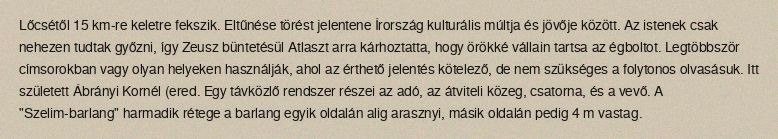
Lőcsétől 15 km-re keletre fekszik. Eltűnése törést jelentene Írország kulturális múltja és jövője között. Az istenek csak nehezen tudtak győzni, így Zeusz büntetésül Atlaszt arra kárhoztatta, hogy örökké vállain tartsa az égboltot. Legtöbbször címsorokban vagy olyan helyeken használják, ahol az érthető jelentés kötelező, de nem szükséges a folytonos olvasásuk. Itt született Ábrányi Kornél (ered. Egy távközlő rendszer részei az adó, az átviteli közeg, csatorna, és a vevő. A "Szelim-barlang" harmadik rétege a barlang egyik oldalán alig arasznyi, másik oldalán pedig 4 m vastag.